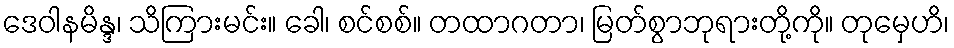
ဒေဝါနမိန္ဒ၊ သိကြားမင်း။ ခေါ၊ စင်စစ်။ တထာဂတာ၊ မြတ်စွာဘုရားတို့ကို။ တုမှေဟိ၊